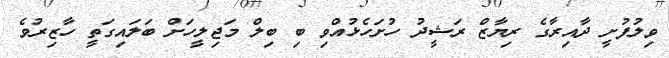
ވިލުފުށީ ދާއިރާގެ ރިޔާޒް ރަޝީދު ހުށަހެޅުއްވި ބި ބިލް މަޖިލީހަށް ބަލައިގަތީ ހާޒިރުވެ